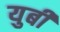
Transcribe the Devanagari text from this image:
युबी